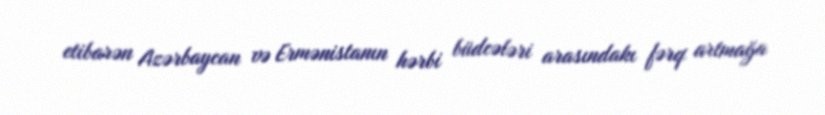
etibarən Azərbaycan və Ermənistanın hərbi büdcələri arasındakı fərq artmağa